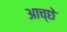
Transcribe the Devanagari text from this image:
आच्छे